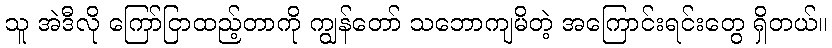
သူ အဲဒီလို ကြော်ငြာထည့်တာကို ကျွန်တော် သဘောကျမိတဲ့ အကြောင်းရင်းတွေ ရှိတယ်။